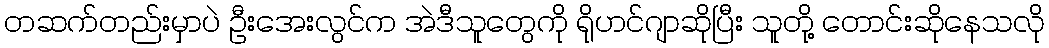
တဆက်တည်းမှာပဲ ဦးအေးလွင်က အဲဒီသူတွေကို ရိုဟင်ဂျာဆိုပြီး သူတို့ တောင်းဆိုနေသလို